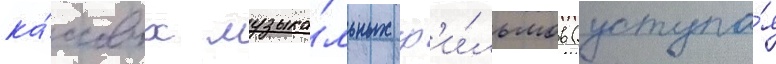
ка́ссовых музыка́льных ф'и́льмов (уступа́я